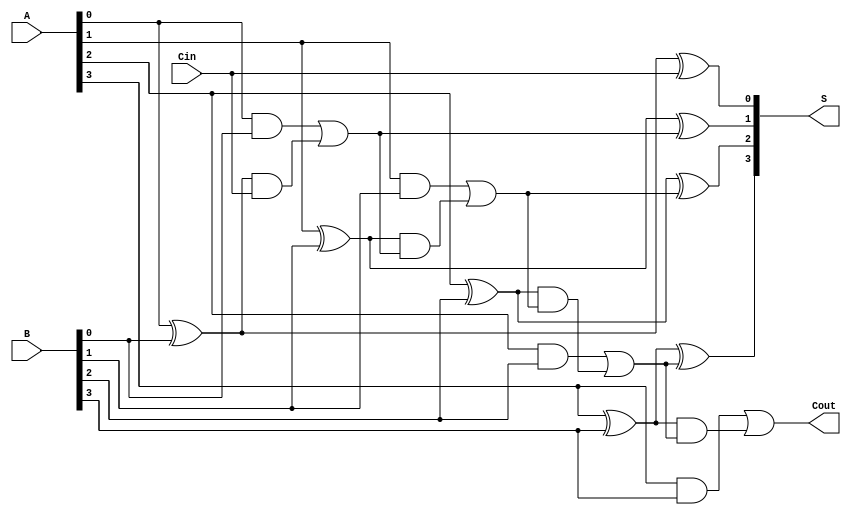
module brent_kung_adder #(parameter N = 4) (
    input  [N-1:0] A,
    input  [N-1:0] B,
    input          Cin,
    output [N-1:0] S,
    output         Cout
);

// Generate and Propagate Signals
wire [N-1:0] G; // Generate signals
wire [N-1:0] P; // Propagate signals

genvar i;
generate
    for (i = 0; i < N; i = i + 1) begin : gen_p
        assign G[i] = A[i] & B[i];
        assign P[i] = A[i] ^ B[i];
    end
endgenerate

// Carry signals
wire [N:0] C; // Carry signals
assign C[0] = Cin; // Initial carry-in

// Prefix Tree for Carry Calculation
generate
    for (i = 0; i < N; i = i + 1) begin : carry_gen
        if (i == 0) begin // Stage 1 for C[1]
            assign C[i+1] = G[i] | (P[i] & C[i]);
        end else if (i < N) begin
            assign C[i+1] = G[i] | (P[i] & C[i]);
        end
    end
endgenerate

// Final carry-out
assign Cout = C[N];

// Sum Calculation
generate
    for (i = 0; i < N; i = i + 1) begin : sum_gen
        assign S[i] = P[i] ^ C[i];
    end
endgenerate

endmodule